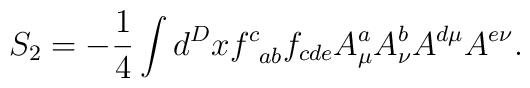
S_{2}=-\frac{1}{4}\int d^{D}xf_{\;\;ab}^{c}f_{cde}A_{\mu }^{a}A_{\nu}^{b}A^{d\mu }A^{e\nu }.